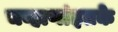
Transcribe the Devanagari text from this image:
चव्हाणांइतके